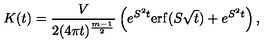
K ( t ) = \frac { V } { 2 ( 4 \pi t ) ^ { \frac { m - 1 } 2 } } \left( e ^ { S ^ { 2 } t } \mathrm { e r f } ( S \sqrt t ) + e ^ { S ^ { 2 } t } \right) ,